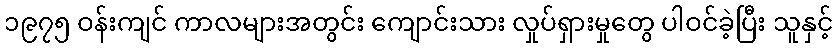
၁၉၇၅ ဝန်းကျင် ကာလများအတွင်း ကျောင်းသား လှုပ်ရှားမှုတွေ ပါဝင်ခဲ့ပြီး သူနှင့်